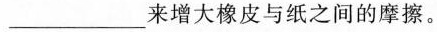
___来增大橡皮与纸之间的摩擦。